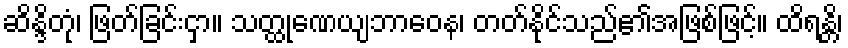
ဆိန္ဒိတုံ၊ ဖြတ်ခြင်းငှာ။ သတ္ထုဏေယျဘာဝေန၊ တတ်နိုင်သည်၏အဖြစ်ဖြင့်။ ထိရန္တိ၊